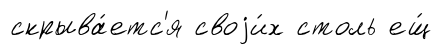
скрыва́етс'я своjи́х столь ещ́